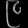
Digit: ၉